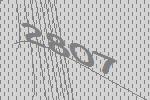
2807